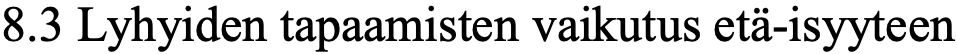
8.3 Lyhyiden tapaamisten vaikutus etä-isyyteen